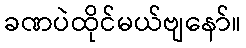
ခဏပဲထိုင်မယ်ဗျနော်။